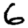
Digit: 6